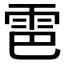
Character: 𫕠